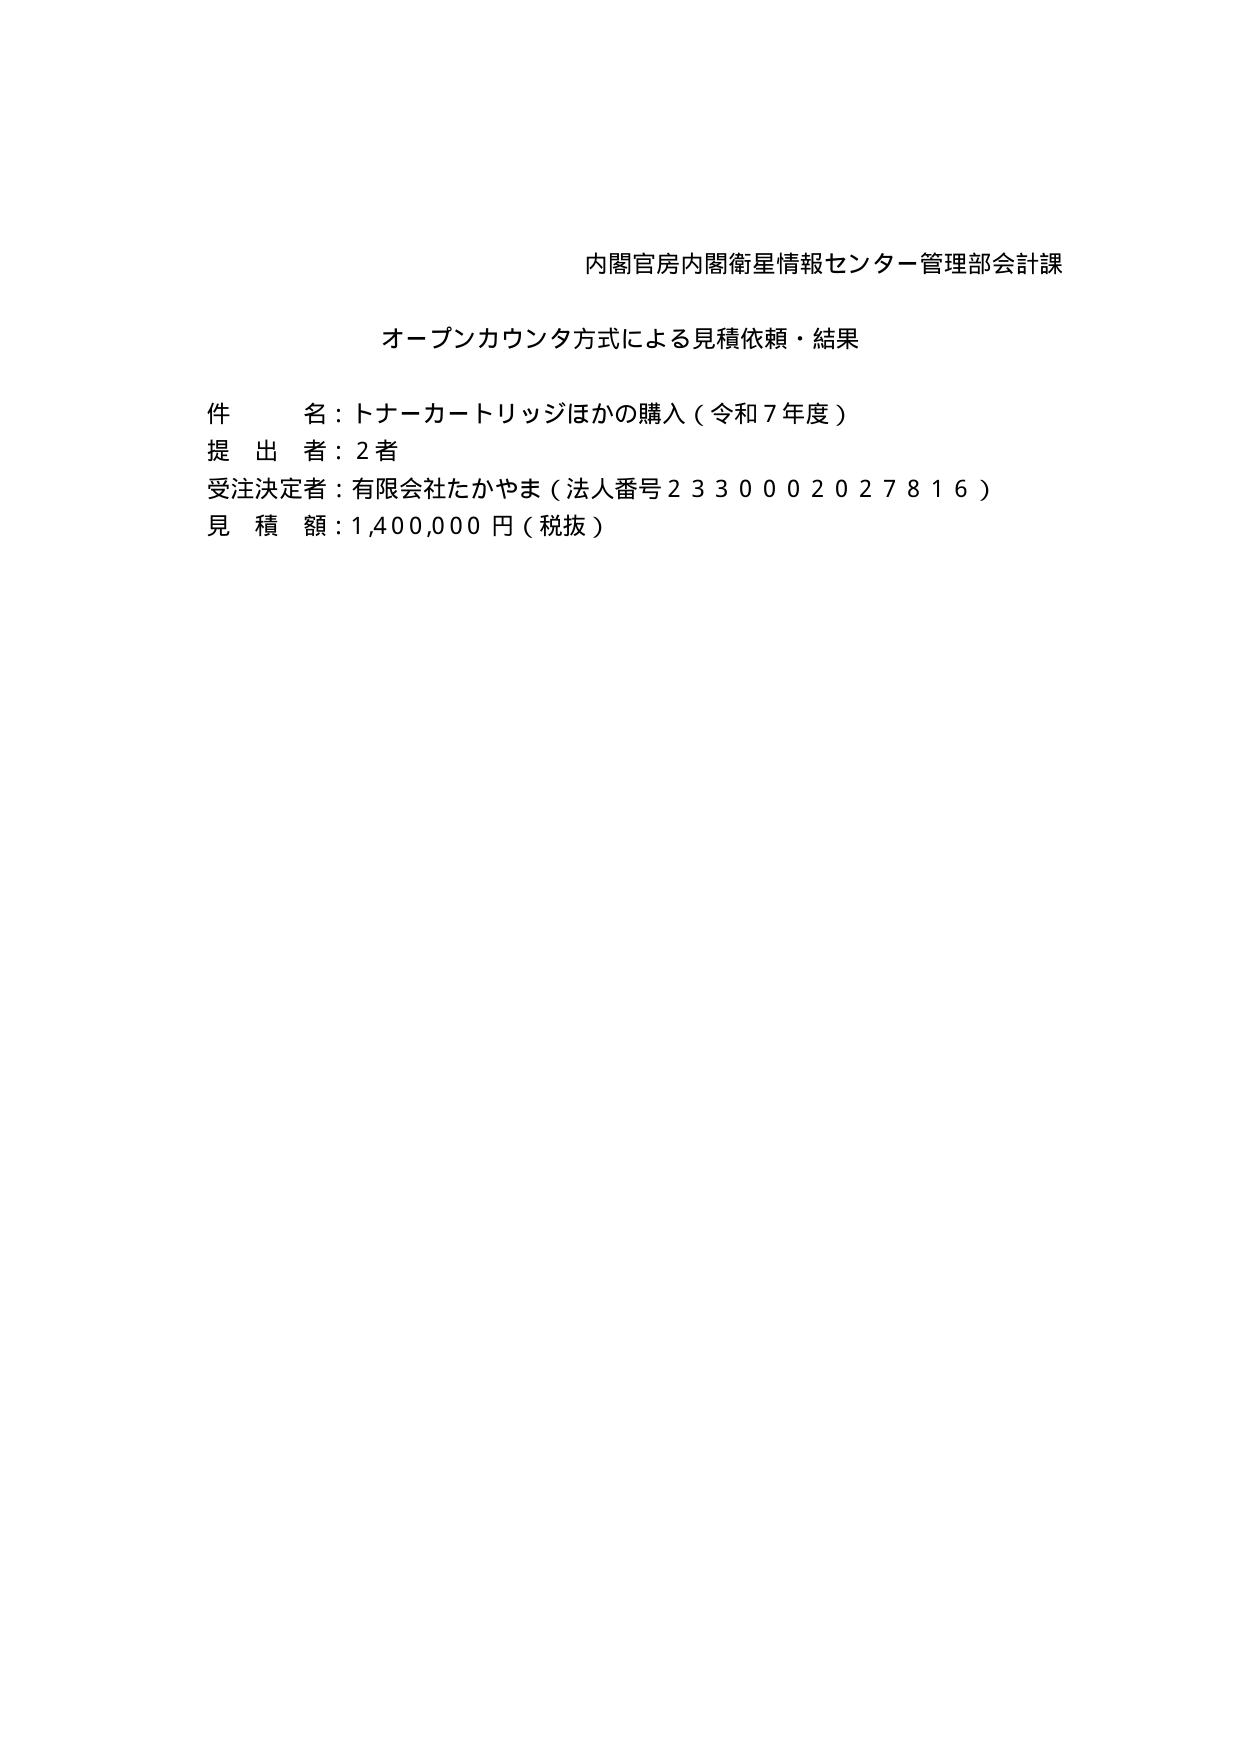
内閣官房内閣衛星情報センター管理部会計課
オープンカウンタ方式による見積依頼・結果
件 名：トナーカートリッジほかの購入（令和７年度）
提 出 者：2者
受注決定者：有限会社たかやま（法人番号2330002027816）
見 積 額：1,400,000円（税抜）